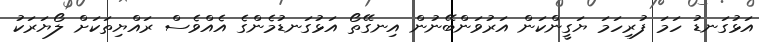
އަޅުގަނޑު ހަމަ ފުރިހަމަ ޔަގީންކަން އަރުވަންބޭނުން އިނގޭތޯ އަޅުގަނޑުމެންގެ އެއްވެސް ރައްޔިތަކަށް ލޯޔަރަކު